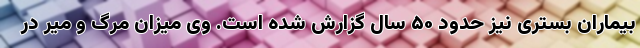
بیماران بستری نیز حدود ۵۰ سال گزارش شده است. وی میزان مرگ و میر در